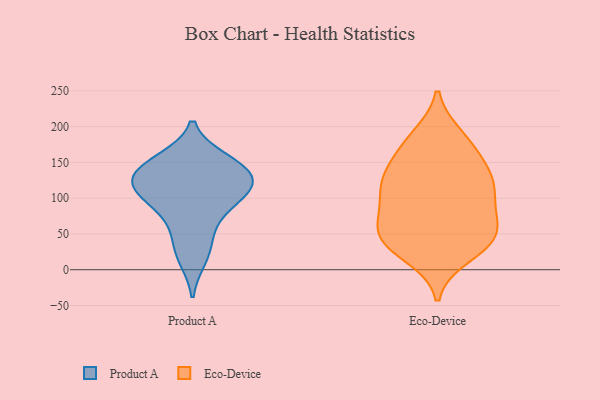
{"axis": {"x": "Shipments", "y": "Value"}, "legend": ["Eco-Device", "Product A"], "data": [{"x": "", "y": 112, "type": "Product A"}, {"x": "", "y": 132, "type": "Product A"}, {"x": "", "y": 39, "type": "Product A"}, {"x": "", "y": 148, "type": "Product A"}, {"x": "", "y": 72, "type": "Product A"}, {"x": "", "y": 144, "type": "Product A"}, {"x": "", "y": 109, "type": "Product A"}, {"x": "", "y": 153, "type": "Product A"}, {"x": "", "y": 16, "type": "Product A"}, {"x": "", "y": 91, "type": "Product A"}, {"x": "", "y": 117, "type": "Product A"}, {"x": "", "y": 122, "type": "Product A"}, {"x": "", "y": 61, "type": "Eco-Device"}, {"x": "", "y": 90, "type": "Eco-Device"}, {"x": "", "y": 86, "type": "Eco-Device"}, {"x": "", "y": 33, "type": "Eco-Device"}, {"x": "", "y": 175, "type": "Eco-Device"}, {"x": "", "y": 44, "type": "Eco-Device"}, {"x": "", "y": 41, "type": "Eco-Device"}, {"x": "", "y": 137, "type": "Eco-Device"}, {"x": "", "y": 125, "type": "Eco-Device"}, {"x": "", "y": 176, "type": "Eco-Device"}, {"x": "", "y": 20, "type": "Eco-Device"}, {"x": "", "y": 51, "type": "Eco-Device"}, {"x": "", "y": 138, "type": "Eco-Device"}, {"x": "", "y": 96, "type": "Eco-Device"}, {"x": "", "y": 47, "type": "Eco-Device"}, {"x": "", "y": 126, "type": "Eco-Device"}, {"x": "", "y": 117, "type": "Eco-Device"}, {"x": "", "y": 186, "type": "Eco-Device"}]}